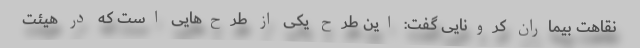
نقاهت بیماران کرونایی گفت: این طرح یکی از طرح‌هایی است که در هیئت